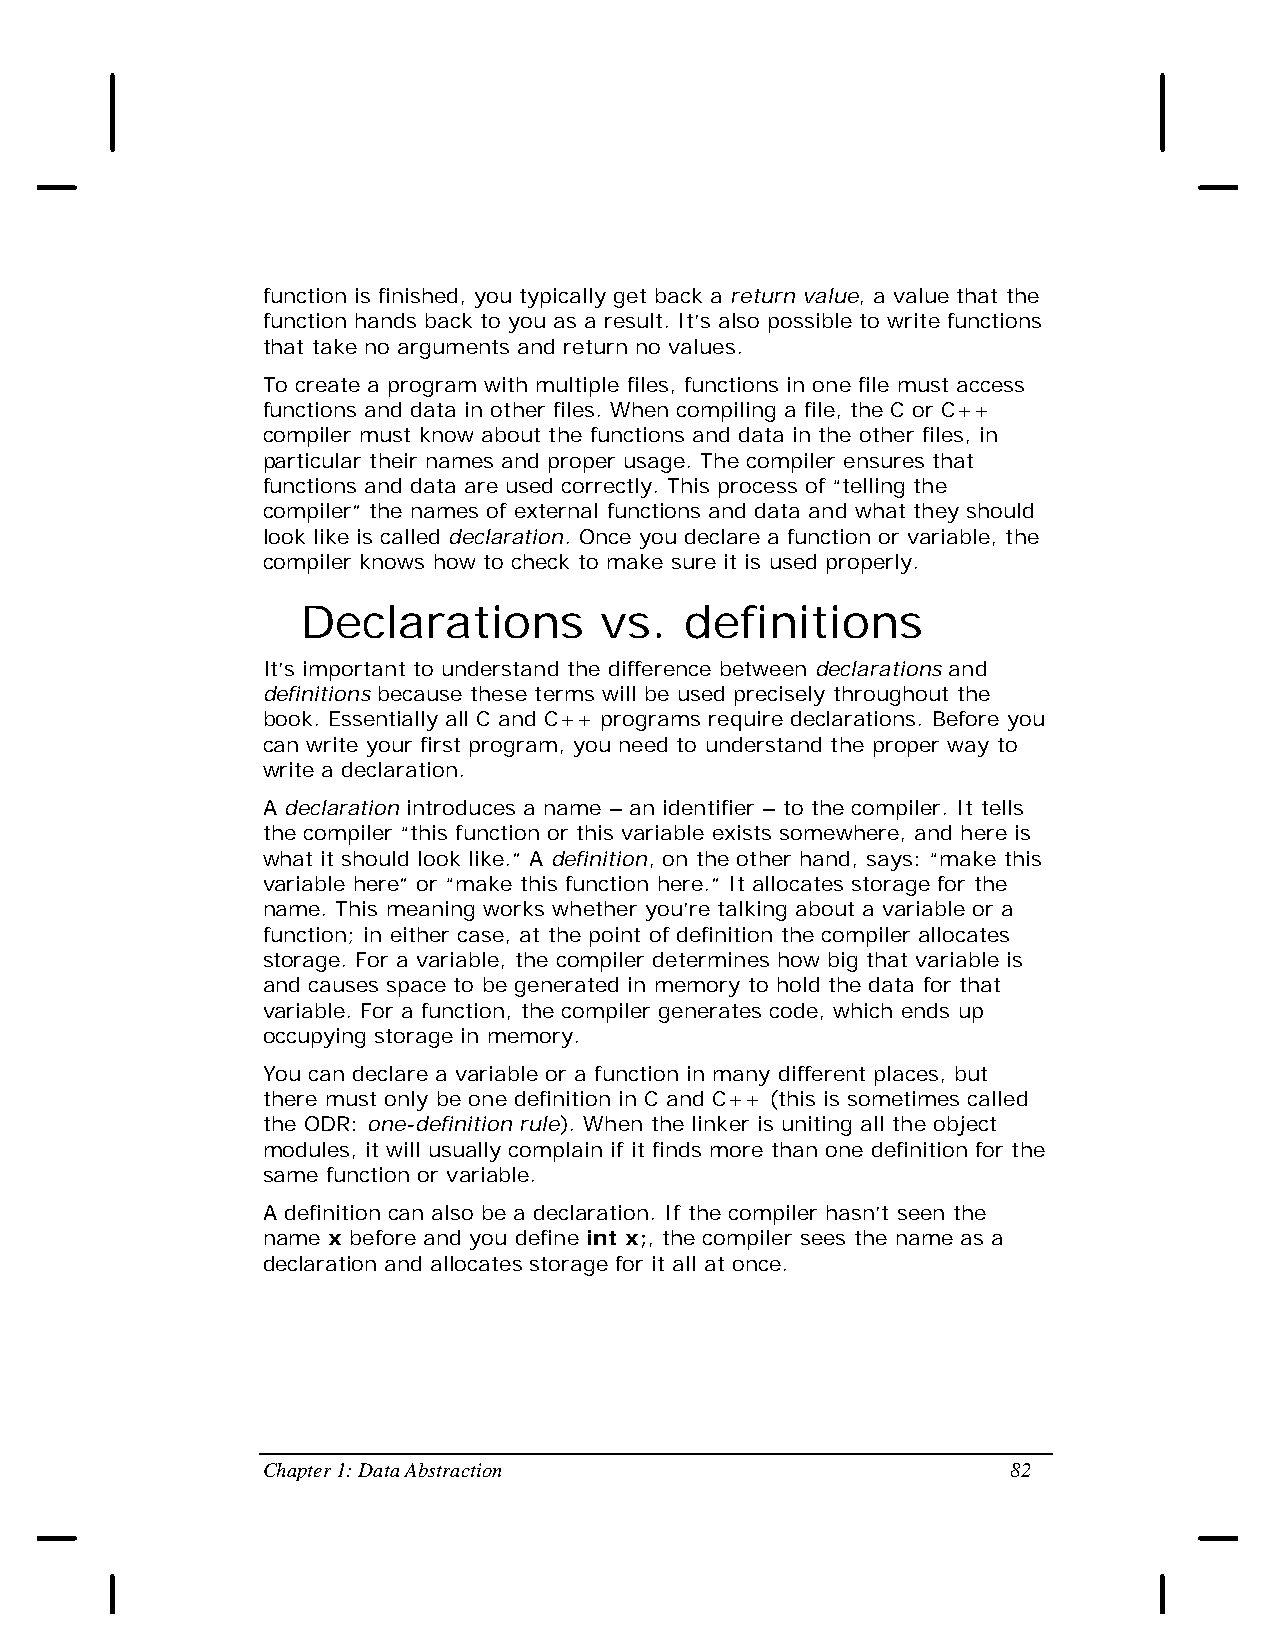
function is finished, you typically get back a return value, a value that the
 function hands back to you as a result. It’s also possible to write functions
 that take no arguments and return no values.
 To create a program with multiple files, functions in one file must access
 functions and data in other files. When compiling a file, the C or C++
 compiler must know about the functions and data in the other files, in
 particular their names and proper usage. The compiler ensures that
 functions and data are used correctly. This process of “telling the
 compiler” the names of external functions and data and what they should
 look like is called declaration. Once you declare a function or variable, the
 compiler knows how to check to make sure it is used properly.
 Declarations        vs.  definitions
 It’s important to understand the difference between declarations and
 definitions because these terms will be used precisely throughout the
 book. Essentially all C and C++ programs require declarations. Before you
 can write your first program, you need to understand the proper way to
 write a declaration.
 A declaration introduces a name – an identifier – to the compiler. It tells
 the compiler “this function or this variable exists somewhere, and here is
 what it should look like.” A definition, on the other hand, says: “make this
 variable here” or “make this function here.” It allocates storage for the
 name. This meaning works whether you’re talking about a variable or a
 function; in either case, at the point of definition the compiler allocates
 storage. For a variable, the compiler determines how big that variable is
 and causes space to be generated in memory to hold the data for that
 variable. For a function, the compiler generates code, which ends up
 occupying storage in memory.
 You can declare a variable or a function in many different places, but
 there must only be one definition in C and C++ (this is sometimes called
 the ODR: one-definition rule). When the linker is uniting all the object
 modules, it will usually complain if it finds more than one definition for the
 same function or variable.
 A definition can also be a declaration. If the compiler hasn’t seen the
 name x before and you define int x;, the compiler sees the name as a
 declaration and allocates storage for it all at once.
 Chapter 1: Data Abstraction                       82